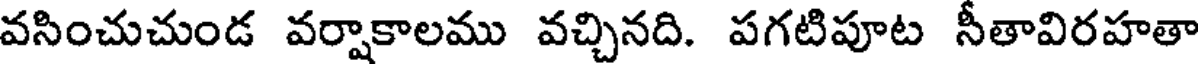
వసించుచుండ వర్షాకాలము వచ్చినది. పగటిపూట సీతావిరహతా